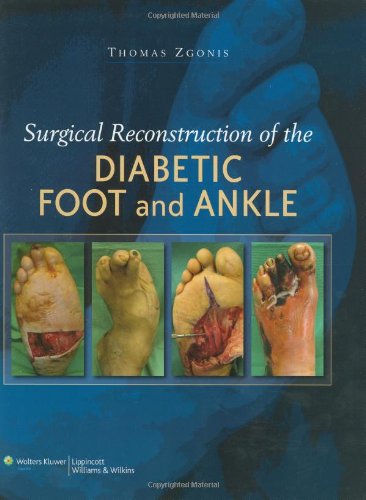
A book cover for Surgical Reconstruction of the Diabetic Foot and Ankle; Medical Books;